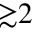
{ \gtrsim } 2